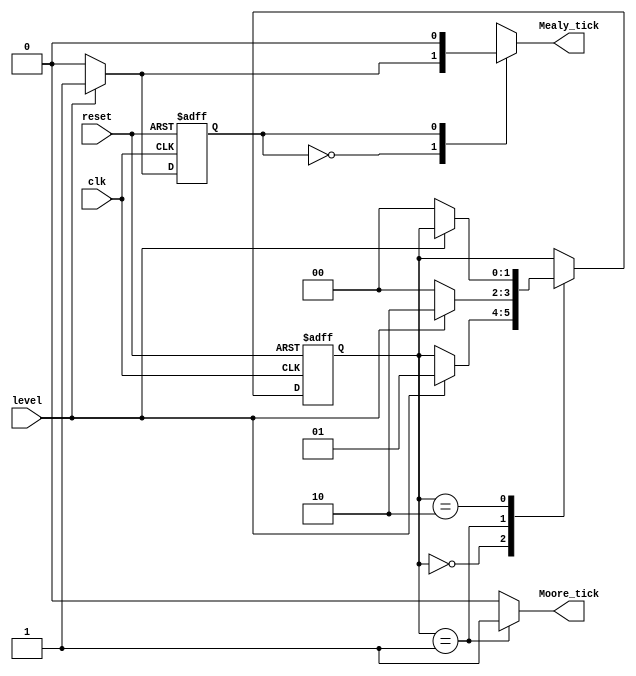
`timescale 1ns / 1ps
/************/
// Name Partha Singha Roy
// Design Style: FSM
// Mealy and moore machine
/************/
module edge_detector(
    input wire clk,reset,
    input wire level,
    output reg Mealy_tick, Moore_tick
    );
    
    //Mealy FSM
    localparam zeroMealy = 1'b0, 
               oneMealy  = 1'b1;
    //Moore FSM
    localparam zeroMoore = 2'b00,
               edgeMoore = 2'b01,
               oneMoore  = 2'b10;
               
    reg stateMealy_reg, stateMealy_next;
    reg [1:0] stateMoore_reg, stateMoore_next;
    
    always @ (posedge clk, posedge reset) begin
        if(reset) begin
            stateMealy_reg <= zeroMealy;
            stateMoore_reg <= zeroMoore;
        end else begin 
            stateMealy_reg <= stateMealy_next;
            stateMoore_reg <= stateMoore_next;
        end
    end
    
    //Mealy Design
    always @ (stateMealy_reg, level) begin
        stateMealy_next = stateMealy_reg;
        Mealy_tick = 1'b0;
        
        case(stateMealy_reg)
            zeroMealy:
                if(level) begin
                    stateMealy_next = oneMealy;
                    Mealy_tick = 1'b1;
                end 
            oneMealy:
                if(~level)
                    stateMealy_next = zeroMealy;
        endcase   
    end 
    
    
    //Moore machine
    always @ (stateMoore_reg, level) begin
        stateMoore_next = stateMoore_reg;
        Moore_tick = 1'b0;
        
        case(stateMoore_reg)
        zeroMoore:
            if(level)
                stateMoore_next = edgeMoore;
        edgeMoore: begin
            Moore_tick = 1'b1;
            if(level)
                stateMoore_next = oneMoore;
            else
                stateMoore_next = zeroMoore;
            end
        oneMoore:
            if(~level)
                stateMoore_next = zeroMoore;
        endcase
    end
endmodule